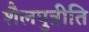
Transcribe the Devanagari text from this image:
शैलपुत्रीति